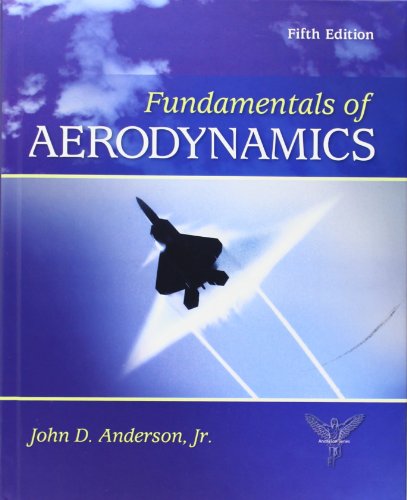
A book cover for Fundamentals of Aerodynamics, 5th Edition; John D. Anderson Jr.; Engineering & Transportation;